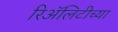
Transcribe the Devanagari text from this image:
रिॲलिटीच्या